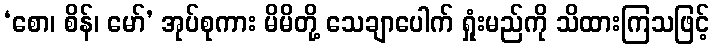
‘စော၊ စိန်၊ မော်’ အုပ်စုကား မိမိတို့ သေချာပေါက် ရှုံးမည်ကို သိထားကြသဖြင့်